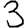
Digit: 3